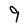
Character: 9